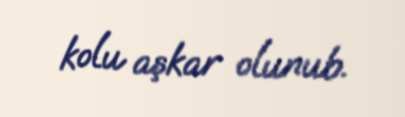
kolu aşkar olunub.